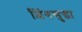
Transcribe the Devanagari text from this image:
शिंगसुद्धा